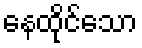
နေထိုင်သော